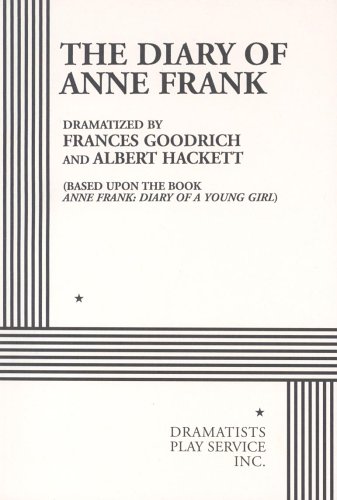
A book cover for The Diary of Anne Frank.; Frances Goodrich and Albert Hackett; Literature & Fiction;